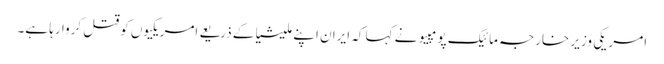
امریکی وزیر خارجہ مائیک پومپیو نے کہا کہ ایران اپنے ملیشیا کے ذریعے امریکیوں کو قتل کروا رہا ہے۔